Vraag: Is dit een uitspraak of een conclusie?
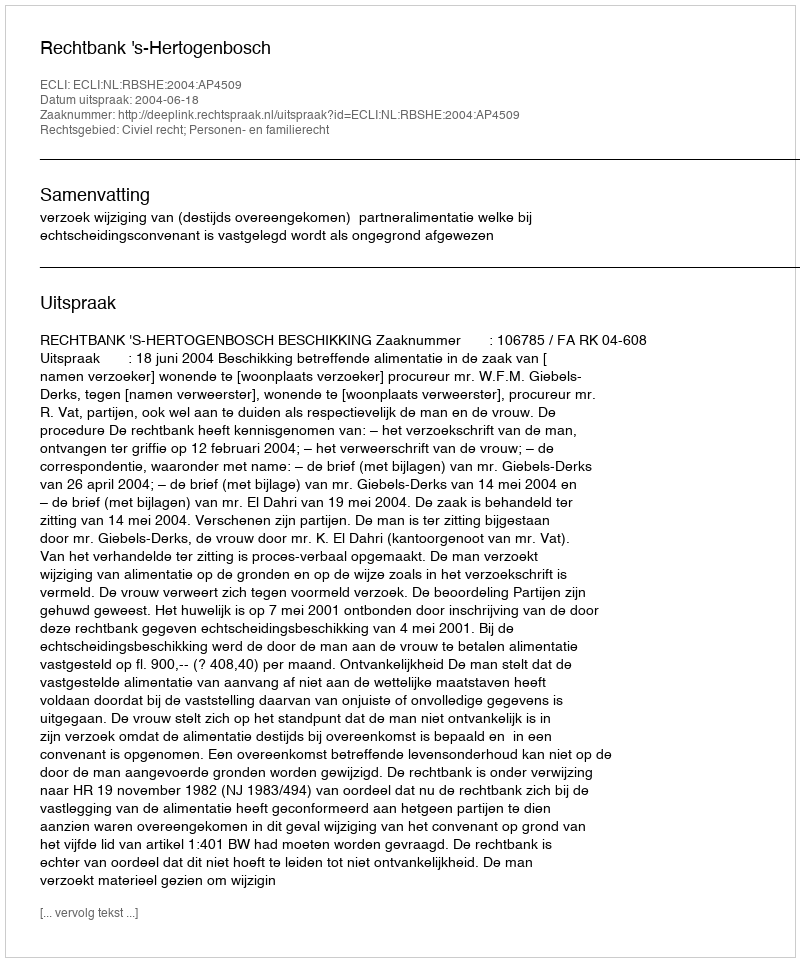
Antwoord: Uitspraak